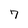
Character: 7